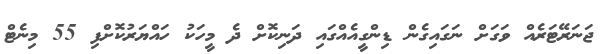
ޖަނަރޭޓަރެއް ވަގަށް ނަގައިގެން ޑިންގީއެއްގައި ދަނިކޮށް ދެ މީހަކު ހައްޔަރުކޮށްފި 55 މިނެޓް